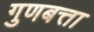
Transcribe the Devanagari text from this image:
गुणबत्ता